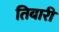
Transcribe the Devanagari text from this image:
तिबारी